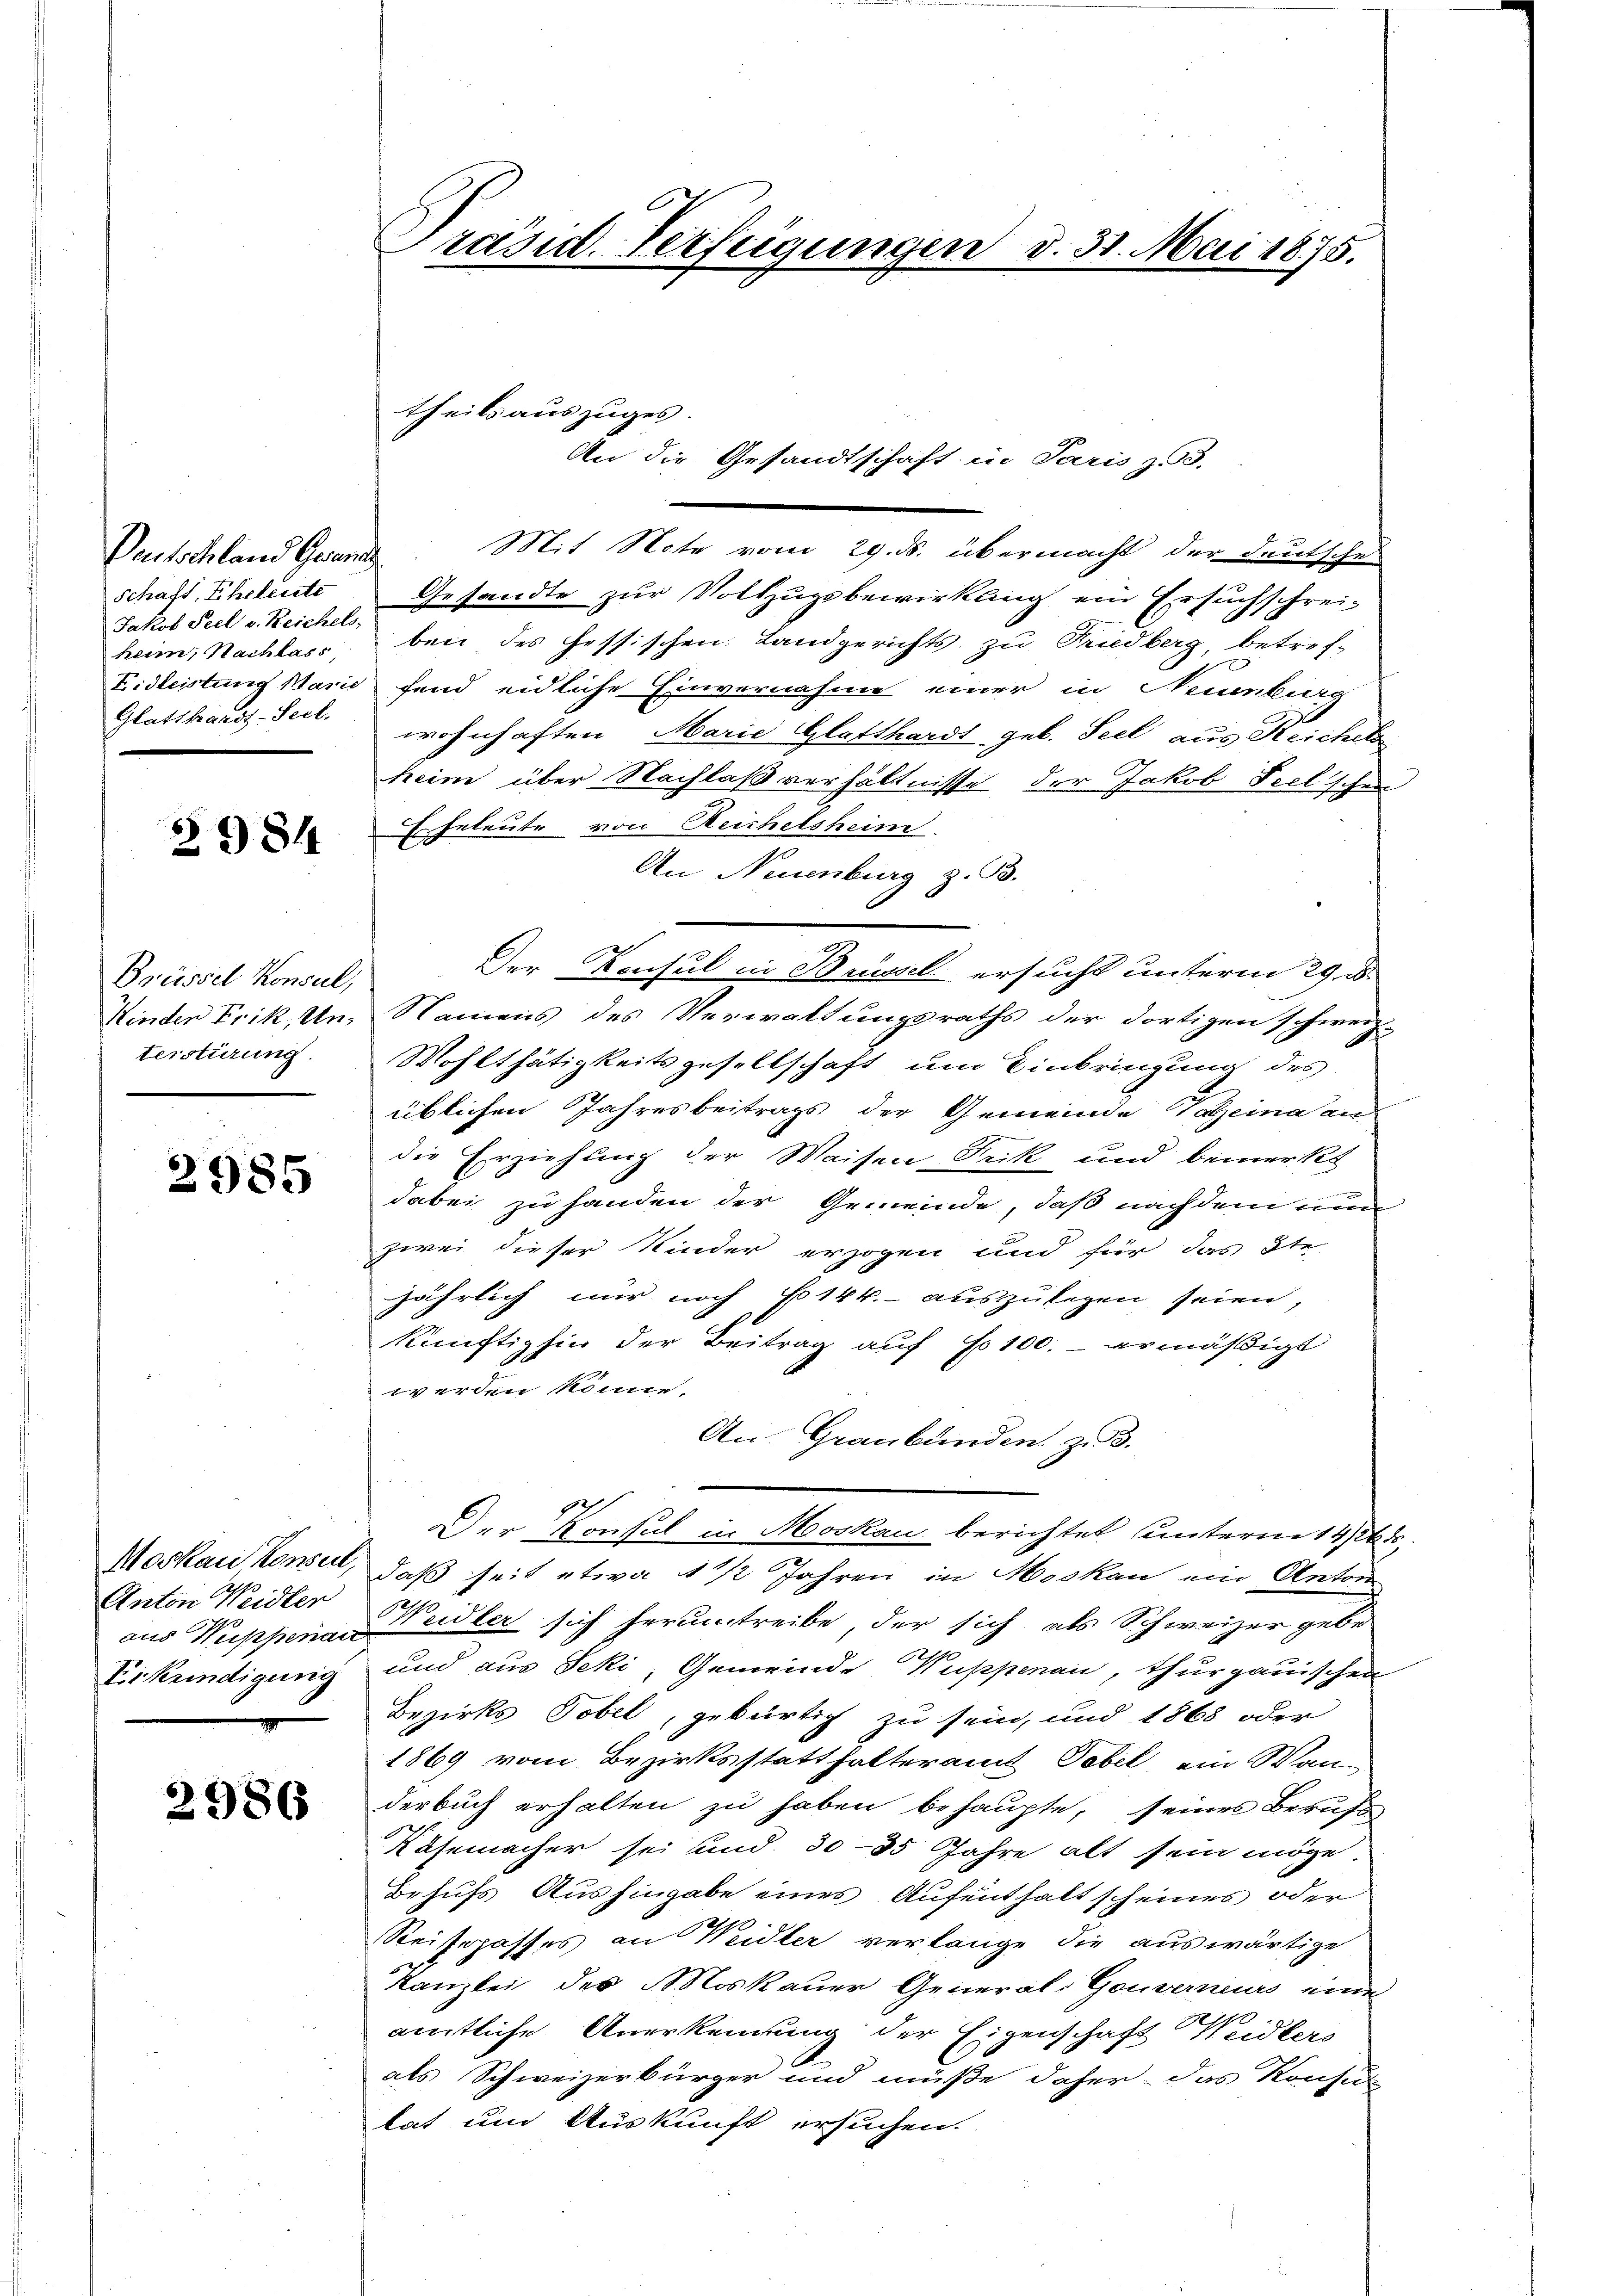
Deutschland Gesand
Schaft, Eheleute
Jakob Seel v. Reichels,
heim, Nachlass
Eidleistung Marie
Glatthardt-Seel.

2984

Brüssel Konsul,
Kinden Frik, Unterstirung.

2985

Moskau Konsere,
Anton Weidler
aus Wissenai
E.Krindigung

2986

Präsid. Verfeigungen d. 31. Mai 1875.

theilsauszuges.
An die Gesandtschaft in Paris z. 3.

Mit Note vom 29. ds. übermacht der deutsche
Gesandte zur Vollzugsbewirkung ein Ersuchschrei-
ben des Hessischen Landgerichts zu Friedberg, betref-
fend eidliche Einvernahme einer in Neunbieg
wohnhaften Marie Glatthardt geb. Seel aus Reichels
heim über Nachlaßverhältnisse der Jakob Teelischen
Er geleute von Reichelsheim
An Neuenburg z. B.
Der Konsul in Brüssel ersucht unterm 29. e
Namens des Verwaltungsraths der dortigen schweiz.
Wohlthätigkeitsgesellschaft um Einbringung des
üblichen Jahresbeitrags der Gemeinde Valzeina an
die Erziehung der Waisen Frik und bemerkt
dabei zu handen der Gemeinde, daß nachdem nun
zwei dieser Kinder erzogen und für das Ste-
jährlich nur noch Fo14k.- auszulegen seien,
künftighin der Beitrag auf 100. ermäßigt
werden könne,
An Graubünden zu 3.
Der Konsul in Moskau berichtet unterm 14/268
daß seit etwa 1 1/2 Jahren in Moskau ein Anton
1
Weidler sich herunstreibe, der sich als Schweizer gebe
und aus Jeki, Gemeinde Wuppenau, Thurgauischen
Bezirks Tobel, gebürtig zu sein, und 1868 oder
1869 vom Bezirksstatthalteramt Tobel ein Wanderbuch erhalten zu haben behaupte, seines Berufs
Räsemacher sei und 30-35 Jahre alt sein möge
Behufs Aushingabe eines Aufenthalt scheines oder
Reisepasses an Weidler verlange die auswärtige
kanzlei des Moskauer General-Gouverneurs eine
2
amtliche Anerkennung der Eigenschaft Weidlers
als Schweizerbürger und müße daher das Konfe-
tat und Auskunft ersuchen.